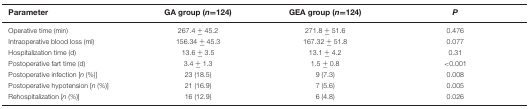
<table><thead><tr><td><b>Parameter</b></td><td><b>GA group (<i>n</i>=124)</b></td><td><b>GEA group (<i>n</i>=124)</b></td><td><b><i>P</i></b></td></tr></thead><tbody><tr><td>Operative time (min)</td><td>267.4 ± 45.2</td><td>271.8 ± 51.6</td><td>0.476</td></tr><tr><td>Intraoperative blood loss (ml)</td><td>156.34 ± 45.3</td><td>167.32 ± 51.8</td><td>0.077</td></tr><tr><td>Hospitalization time (d)</td><td>13.6 ± 3.5</td><td>13.1 ± 4.2</td><td>0.31</td></tr><tr><td>Postoperative fart time (d)</td><td>3.4 ± 1.3</td><td>1.5 ± 0.8</td><td>&lt;0.001</td></tr><tr><td>Postoperative infection [<i>n</i> (%)]</td><td>23 (18.5)</td><td>9 (7.3)</td><td>0.008</td></tr><tr><td>Postoperative hypotension [<i>n</i> (%)]</td><td>21 (16.9)</td><td>7 (5.6)</td><td>0.005</td></tr><tr><td>Rehospitalization [<i>n</i> (%)]</td><td>16 (12.9)</td><td>6 (4.8)</td><td>0.026</td></tr></tbody></table>